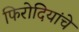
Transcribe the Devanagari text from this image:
फिरोदियांचे